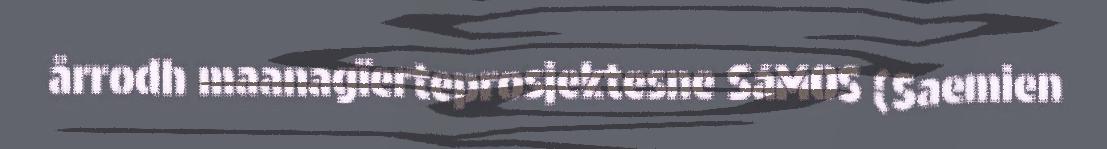
årrodh maanagïerteprosjektesne SáMOS (Saemien